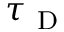
\tau _ { \mathrm { ~ D ~ } }